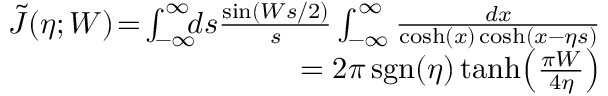
\begin{array} { r l r } & { } & { \tilde { J } ( \eta ; W ) \! = \! \int _ { - \infty } ^ { \infty } \! \! \! d s \frac { \sin ( W s / 2 ) } { s } \int _ { - \infty } ^ { \infty } \frac { d x } { \cosh ( x ) \cosh ( x - \eta s ) } } \\ & { } & { = 2 \pi \, \mathrm { s g n } ( \eta ) \operatorname { t a n h } \! \left( \frac { \pi W } { 4 \eta } \right) } \end{array}